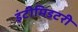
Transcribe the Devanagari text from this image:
इंटीमिडटरी